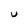
Character: U